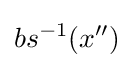
bs^{-1}(x'')